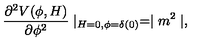
\frac { \partial ^ { 2 } V ( \phi , H ) } { \partial \phi ^ { 2 } } \mid _ { H = 0 , \phi = \delta ( 0 ) } = \mid m ^ { 2 } \mid ,